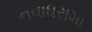
નવાધરામા